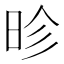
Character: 昣